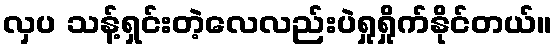
လှပ သန့်ရှင်းတဲ့လေလည်းပဲရှုရှိုက်နိုင်တယ်။